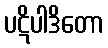
ပဋိပါဒိတော